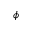
\phi